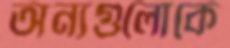
অন্যগুলোকে